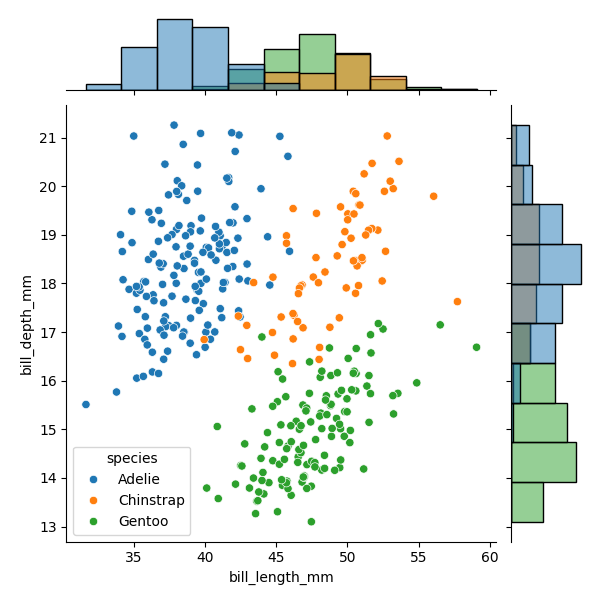
python, seaborn, JointGrid, scatterplot, histplot, hue